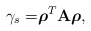
\begin{align*} \gamma_s=&\boldsymbol{\rho}^T\textbf{A}\boldsymbol{\rho} , \end{align*}